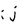
Character: j